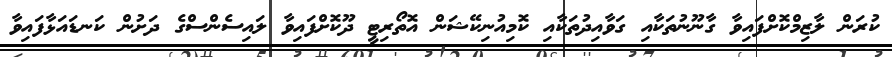
ކުރަން ލާޒިމްކޮށްފައިވާ ގާނޫނުތަކާއި ގަވާއިދުތަކާއި ކޮމިއުނިކޭޝަން އޮތޯރިޓީ ދޫކޮށްފައިވާ ލައިސެންސްގެ ދަށުން ކަނޑައަޅާފައިވާ